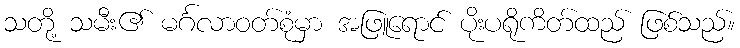
သတို့ သမီး၏ မင်္ဂလာဝတ်စုံမှာ အဖြူရောင် ပိုးပရိုကိတ်ထည် ဖြစ်သည်။